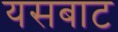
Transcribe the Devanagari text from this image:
यसबाट